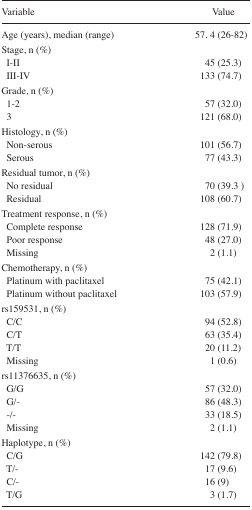
| Variable | Value |
 | --- | --- |
 | Age (years), median (range) | 57. 4 (26–82) |
 | Stage, n (%) |  |
 | I–II | 45 (25.3) |
 | III–IV | 133 (74.7) |
 | Grade, n (%) |  |
 | 1–2 | 57 (32.0) |
 | 3 | 121 (68.0) |
 | Histology, n (%) |  |
 | Non-serous | 101 (56.7) |
 | Serous | 77 (43.3) |
 | Residual tumor, n (%) |  |
 | No residual | 70 (39.3 ) |
 | Residual | 108 (60.7) |
 | Treatment response, n (%) |  |
 | Complete response | 128 (71.9) |
 | Poor response | 48 (27.0) |
 | Missing | 2 (1.1) |
 | Chemotherapy, n (%) |  |
 | Platinum with paclitaxel | 75 (42.1) |
 | Platinum without paclitaxel | 103 (57.9) |
 | rs159531, n (%) |  |
 | C/C | 94 (52.8) |
 | C/T | 63 (35.4) |
 | T/T | 20 (11.2) |
 | Missing | 1 (0.6) |
 | rs11376635, n (%) |  |
 | G/G | 57 (32.0) |
 | G/- | 86 (48.3) |
 | -/- | 33 (18.5) |
 | Missing | 2 (1.1) |
 | Haplotype, n (%) |  |
 | C/G | 142 (79.8) |
 | T/- | 17 (9.6) |
 | C/- | 16 (9) |
 | T/G | 3 (1.7) |